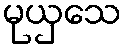
မုယှသေ